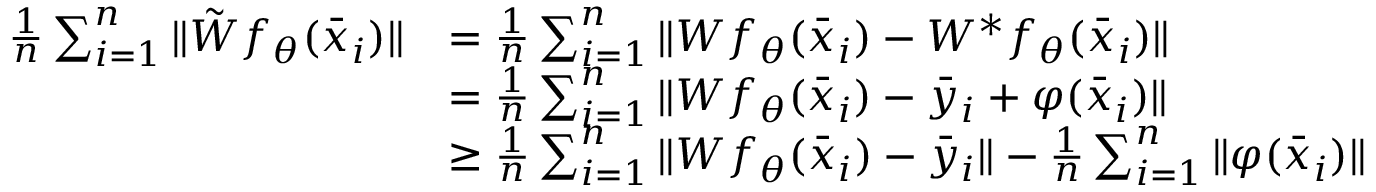
\begin{array} { r l } { \frac { 1 } { n } \sum _ { i = 1 } ^ { n } \| { \tilde { W } } f _ { \theta } ( { \bar { x } } _ { i } ) \| } & { = \frac { 1 } { n } \sum _ { i = 1 } ^ { n } \| W f _ { \theta } ( { \bar { x } } _ { i } ) - W ^ { * } f _ { \theta } ( { \bar { x } } _ { i } ) \| } \\ & { = \frac { 1 } { n } \sum _ { i = 1 } ^ { n } \| W f _ { \theta } ( { \bar { x } } _ { i } ) - { \bar { y } } _ { i } + \varphi ( { \bar { x } } _ { i } ) \| } \\ & { \ge \frac { 1 } { n } \sum _ { i = 1 } ^ { n } \| W f _ { \theta } ( { \bar { x } } _ { i } ) - { \bar { y } } _ { i } \| - \frac { 1 } { n } \sum _ { i = 1 } ^ { n } \| \varphi ( { \bar { x } } _ { i } ) \| } \end{array}